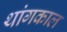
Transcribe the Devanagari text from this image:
थांगकाल